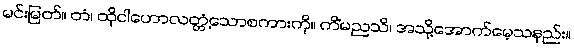
မင်းမြတ်။ တံ၊ ထိုငါဟောလတ္တံ့သောစကားကို။ ကိံမညသိ၊ အသို့အောက်မေ့သနည်း။